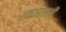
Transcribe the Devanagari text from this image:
लष्करातली